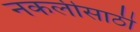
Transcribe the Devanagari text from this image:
नकलीसाठी